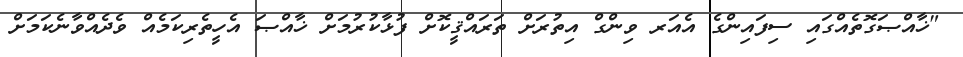
"ޚާއްޞަގޮތެއްގައި ސިފައިންގެ އެއަރ ވިންގް އިތުރަށް ތަރައްޤީކޮށް ފުޅާކުރުމަށް ޚާއްޞަ އެހީތެރިކަމެއް ވެދެއްވާނެކަމަށް